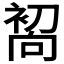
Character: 𰈜